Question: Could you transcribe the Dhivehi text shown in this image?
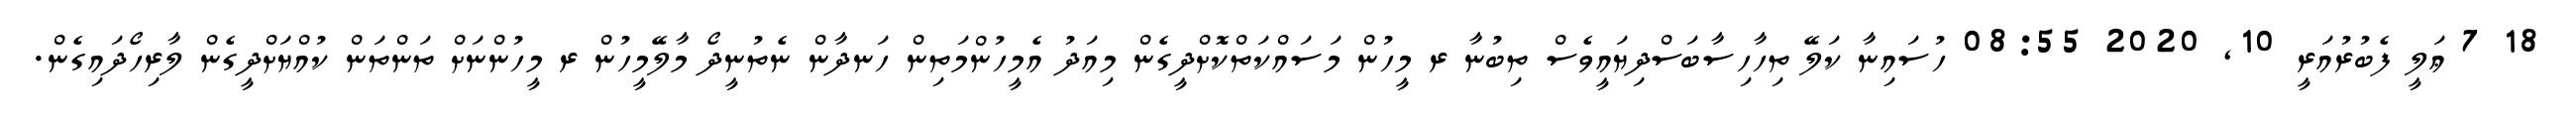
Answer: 18 7 ޢަލީ ފެބުރުއަރީ 10, 2020 08:55 ހުސައިނާ ކަލޭ ތިހާހިސާބަސްދިޔައީވެސް ތިބުނާ ރ މީހުން މަސައްކަތްކޮށްދީގެން މިއަދު އެމީހުންމަތިން ހަނދާން ނެތުނީދޯ މާލޭމީހުން ރ މީހުންނަށް ތަންތަން ކުއްޔަށްދީގެން ލާރިހޯދައިގެން.